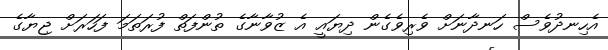
އެހިނދުވެސް ހަނދާނަށް ވެރިވެގެން ދިޔައީ އެ ޒުވާނާގެ ތުންފަތް ފުރަތަމަ ފަހަރަށް ޖިޔާގެ